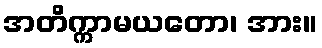
အတိက္ကာမယတော၊ အား။